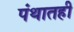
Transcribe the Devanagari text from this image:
पंथातही